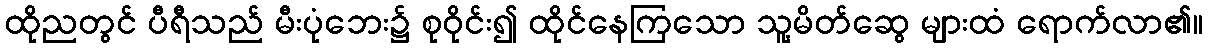
ထိုညတွင် ပီရီသည် မီးပုံဘေး၌ စုဝိုင်း၍ ထိုင်နေကြသော သူ့မိတ်ဆွေ များထံ ရောက်လာ၏။